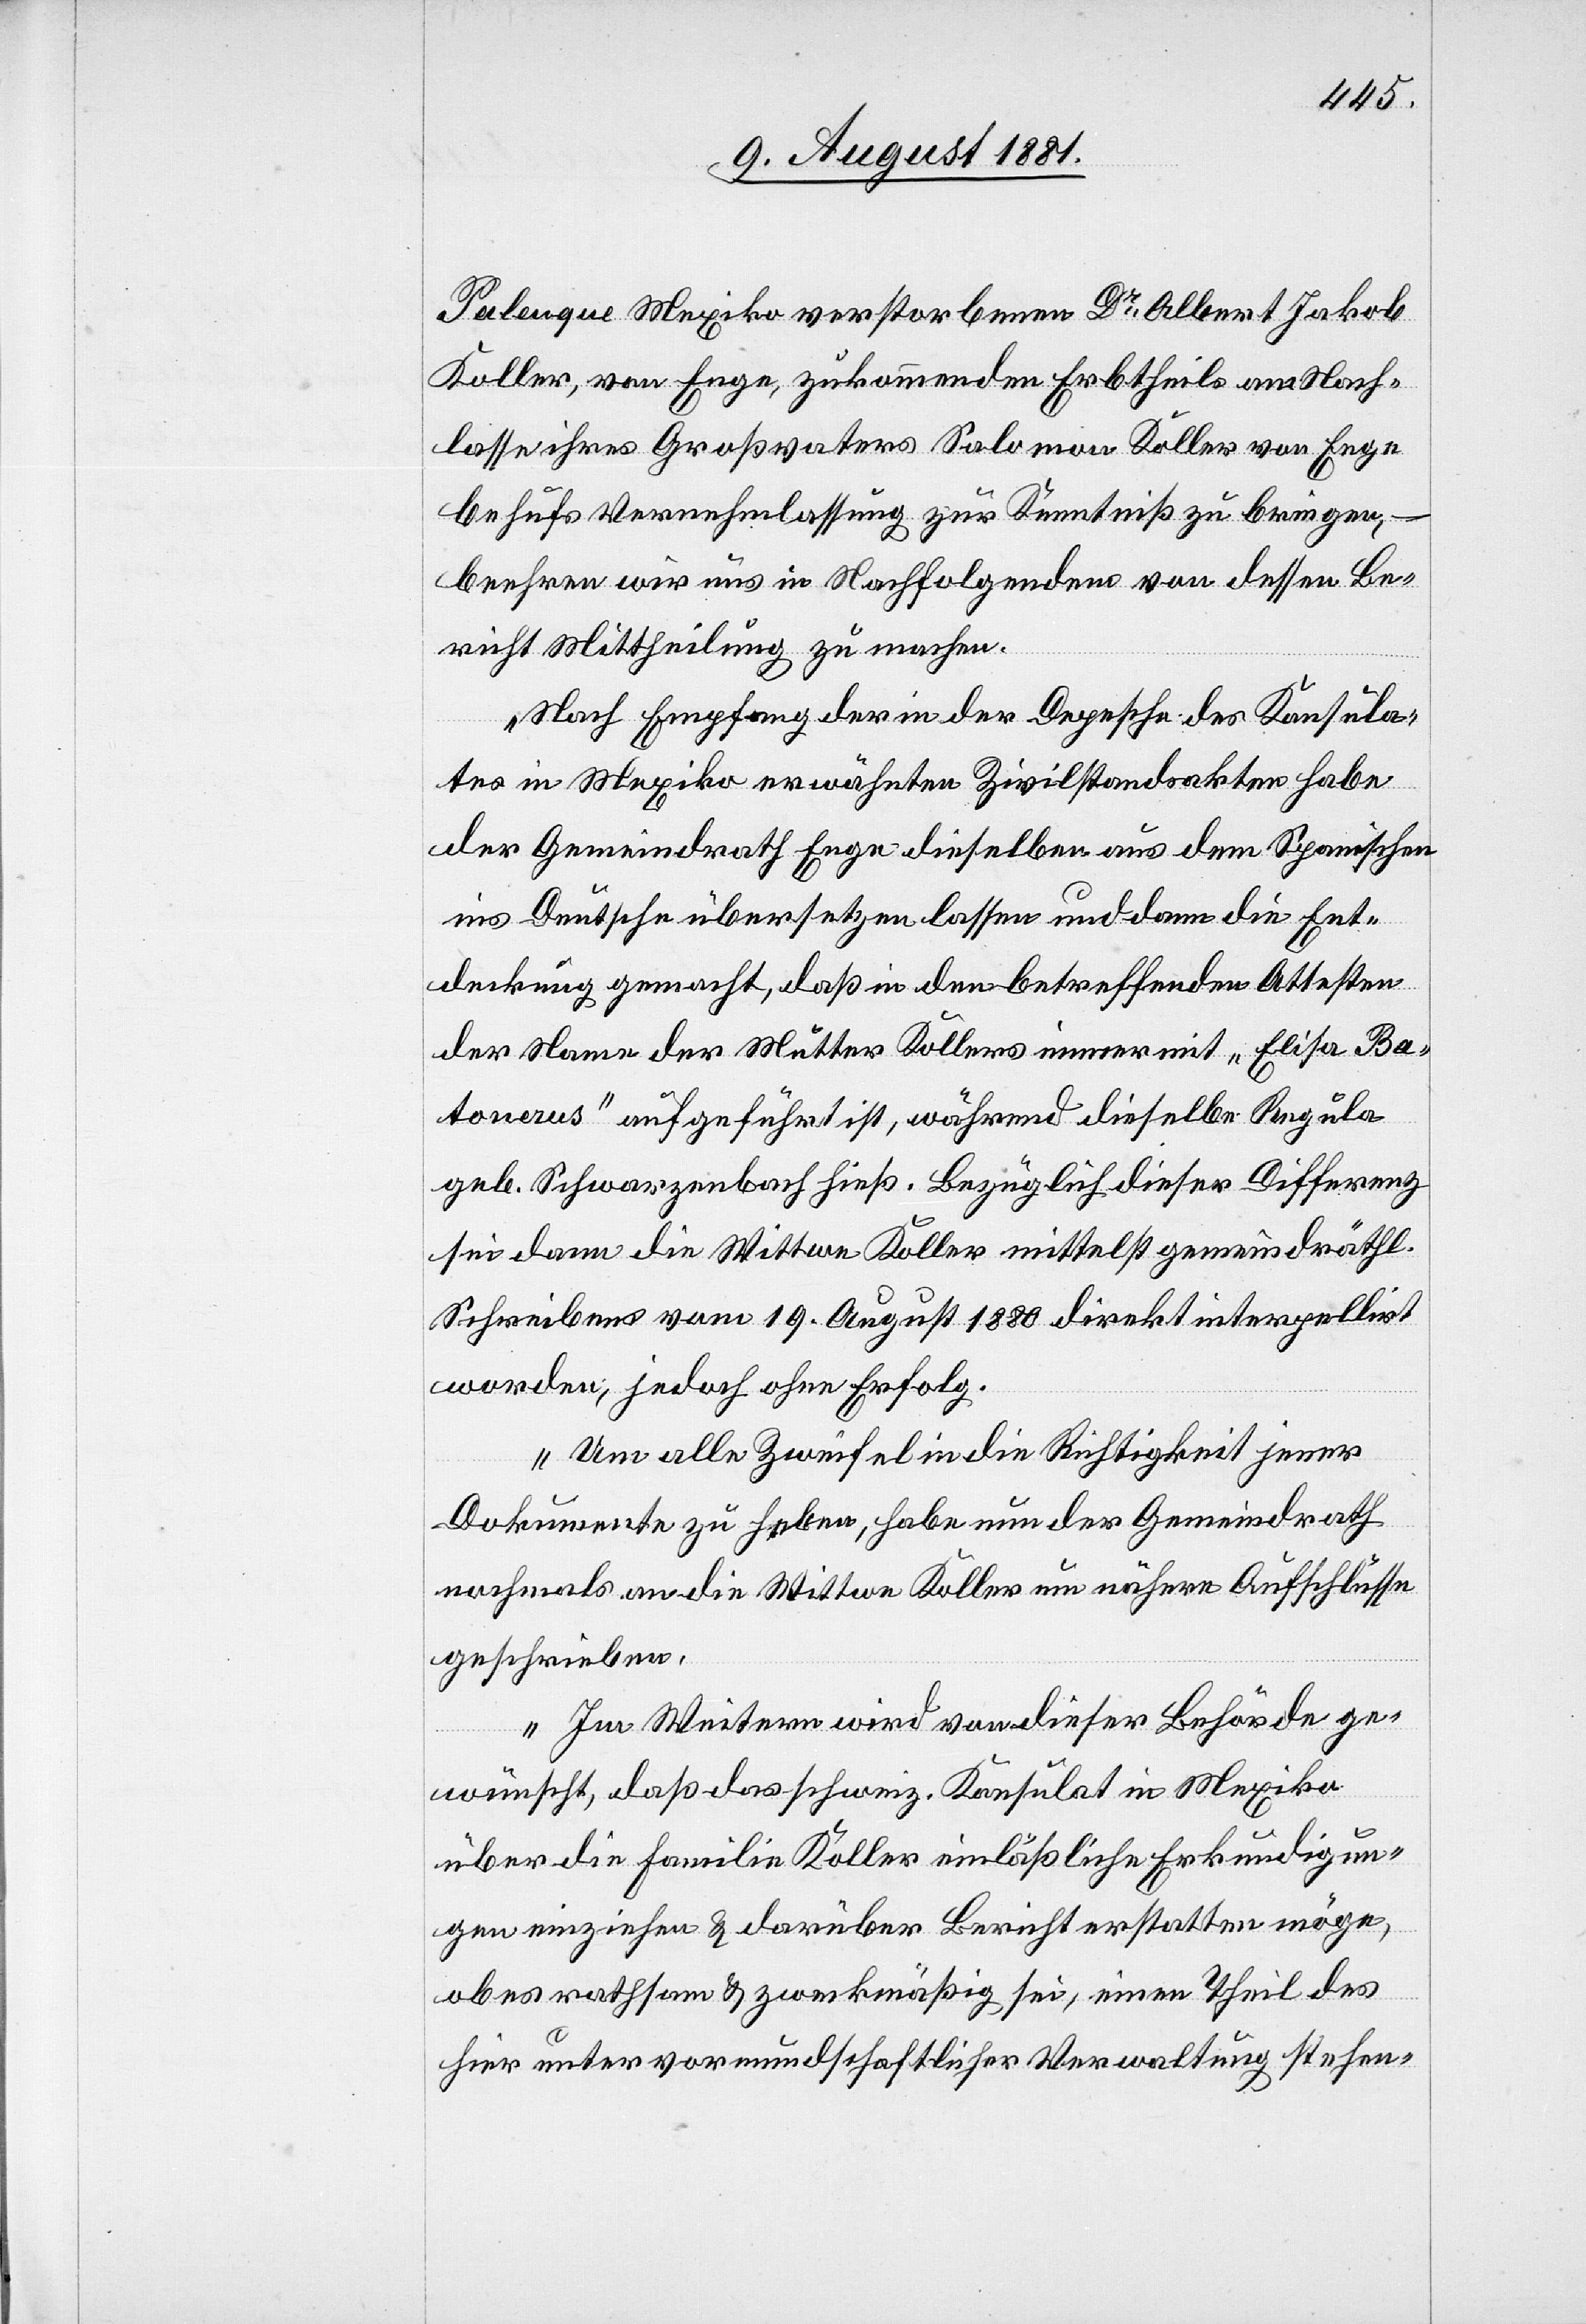
Palenque Mexiko verstorbenen Dr Albert Jakob
Koller, von Enge, zukommenden Erbtheils am Nach¬
lasse ihres Großvaters Salomon Koller von Enge
behufs Vernehmlassung zur Kenntniß zu bringen, –
beehren wir uns in Nachfolgendem von dessen Be¬
richt Mittheilung zu machen.
Nach Empfang der in der Depesche des Konsula¬
tes in Mexiko erwähnten Zivilstandsakten habe
der Gemeindrath Enge dieselben aus dem Spanischen
ins Deutsche übersetzen lassen und dann die Ent¬
deckung gemacht, daß in den betreffenden Attesten
der Name der Mutter Kollers immer mit „Elise Ba¬
tonerus“ aufgeführt ist, während dieselbe Regula
geb. Schwarzenbach hieß. Bezüglich dieser Differenz
sei dann die Wittwe Koller mittels gemeindräthl.
Schreibens vom 19. August 1880 direkt interpellirt
worden, jedoch ohne Erfolg.
Um alle Zweifel in die Richtigkeit jener
Dokumente zu heben, habe nun der Gemeindrath
nochmals an die Wittwe Koller um nähere Aufschlüsse
geschrieben.
Im Weitern wird dieser Behörde ge¬
wünscht, daß das schweiz. Konsulat in Mexiko
über die Familie Koller einläßliche Erkundigun¬
gen einziehen & darüber Bericht erstatten möge,
aber rathsam & zweckmäßig sei, einen Theil des
hier unter vormundschaftlicher Verwaltung stehen-